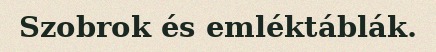
Szobrok és emléktáblák.